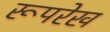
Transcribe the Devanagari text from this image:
रूपरेख